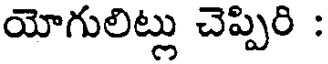
యోగులిట్లు చెప్పిరి :